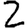
Digit: 2